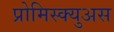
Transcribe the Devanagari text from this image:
प्रोमिस्क्युअस